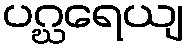
ပဂ္ဃရေယျ